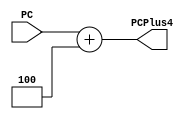
module Plus4(
    output [31:0] PCPlus4,
    input [31:0] PC
);
    assign
        PCPlus4 = PC + 4;
endmodule